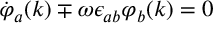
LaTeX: \dot { \varphi } _ { a } ( k ) \mp \omega \epsilon _ { a b } \varphi _ { b } ( k ) = 0